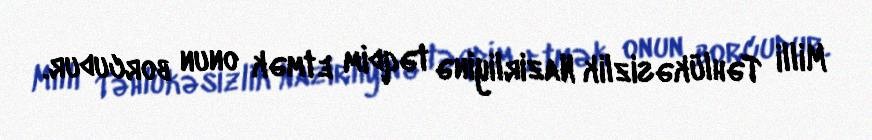
Milli Təhlükəsizlik Nazirliyinə təqdim etmək onun borcudur.